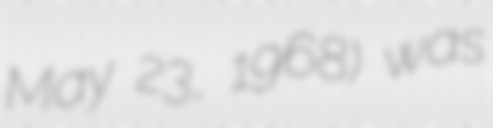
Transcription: May 23, 1968) was